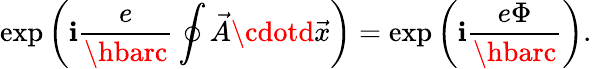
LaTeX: \exp\left(\mathbf{i}\frac{{e}}{{\hbarc}}\oint\vec{{A}}\cdotd\vec{{x}}\right)=\exp\left(\mathbf{i}\frac{{e\Phi}}{{\hbarc}}\right).